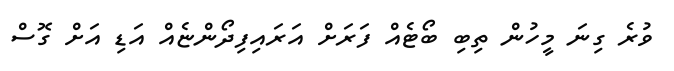
ވުރެ ގިނަ މީހުން ތިބި ބޯޓެއް ފަރަށް އަރައިފިދޯންޏެއް އަޑި އަށް ގޮސް